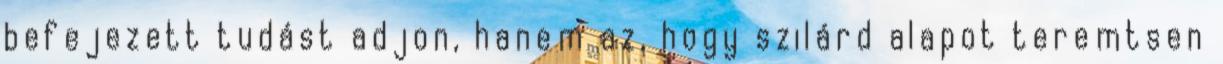
befejezett tudást adjon, hanem az, hogy szilárd alapot teremtsen